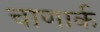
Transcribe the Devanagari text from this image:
चाणार्क